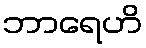
ဘာရေဟိ